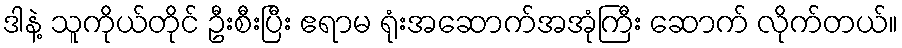
ဒါနဲ့ သူကိုယ်တိုင် ဦးစီးပြီး ဧရာမ ရုံးအဆောက်အအုံကြီး ဆောက် လိုက်တယ်။